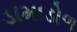
ડામાડોળ